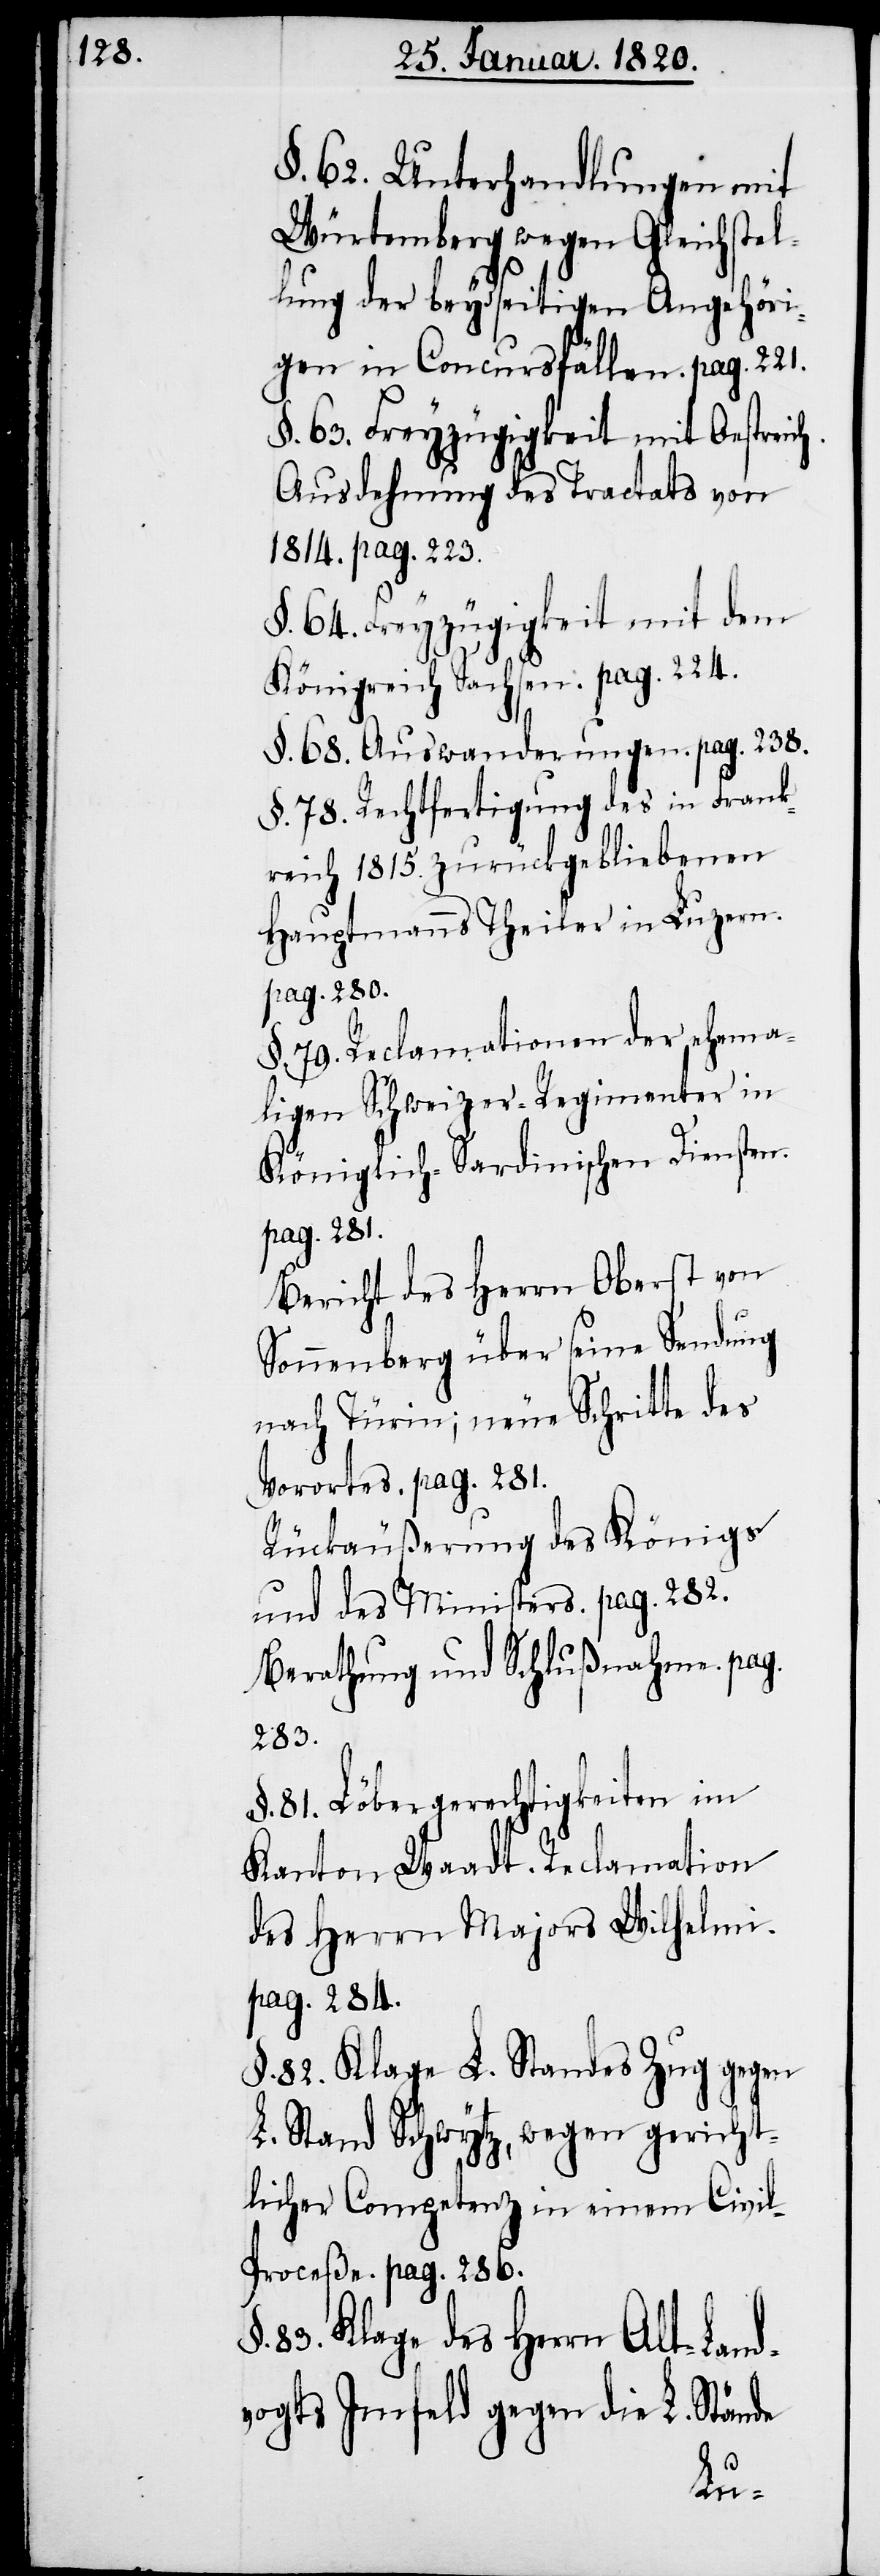
§. 62. Unterhandlungen mit
Würtemberg wegen Gleichstel¬
lung der beydseitigen Angehöri¬
gen in Concursfällen. pag. 221.
§. 63. Freyzügigkeit mit Oestreich.
Ausdehnung des Tractats von
1814. pag. 223.
§. 64. Freyzügigkeit mit dem
Königreich Sachsen. pag. 224.
§. 68. Auswanderungen. pag. 238.
§. 78. Rechtfertigung des in Frank¬
reich 1815. zurückgebliebenen
Hauptmanns Theiler in Luzern.
pag. 280.
§. 79. Reclamationen der ehema¬
ligen Schweizer-Regimenter in
Königlich-Sardinischen Diensten.
pag. 281.
Bericht des Herrn Oberst von
Sonnenberg über seine Sendung
nach Türin; neue Schritte des
Vorortes. pag. 281.
Rückäußerung des Königs
und des Ministers. pag. 282.
Berathung und Schlußnahme. pag.
283.
§. 81. Löbergerechtigkeiten im
Kanton Waadt. Reclamation
des Herrn Majors Wilhelmi.
pag. 284.
§. 82. Klage L. Standes Zug gegen
L. Stand Schwytz, wegen gericht¬
licher Competenz in einem Civi¬
l-Proceße. pag. 286.
83. Klage des Herrn Alt-Land¬
vogts Imfeld gegen die Stände